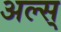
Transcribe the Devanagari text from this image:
अल्स्